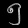
Digit: ၅